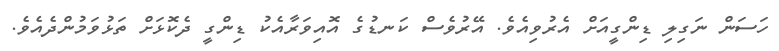
ހަސަން ނަގިލި ޑިންގީއަށް އެރުވިއެވެ. އޭރުވެސް ކަނޑުގެ އޮއިވަރާއެކު ޑިންގީ ދެކޮޅަށް ތަޅުވަމުންދެއެވެ.